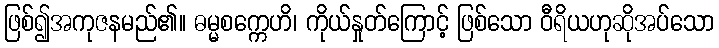
ဖြစ်၍အကုဇနမည်၏။ ဓမ္မစက္ကေဟိ၊ ကိုယ်နှုတ်ကြောင့် ဖြစ်သော ဝီရိယဟုဆိုအပ်သော